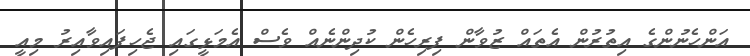
އަންހެނުންގެ އިތުރުން އެތައް ޒުވާން ފިރިހެން ކުދިންނެއް ވެސް އެމަޅީގައި ޖެހިފައިވާއިރު މިއީ